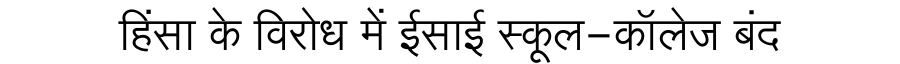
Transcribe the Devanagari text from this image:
हिंसा के विरोध में ईसाई स्कूल-कॉलेज बंद